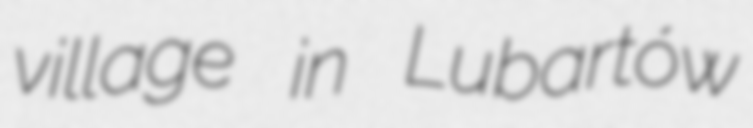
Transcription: village in Lubartów